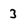
Character: 3